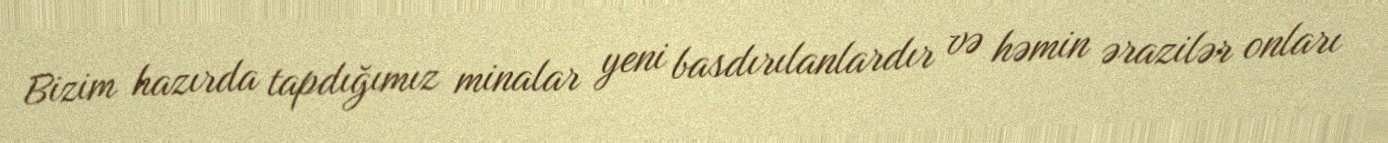
Bizim hazırda tapdığımız minalar yeni basdırılanlardır və həmin ərazilər onları